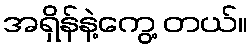
အရှိန်နဲ့ကွေ့ တယ်။